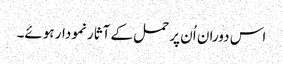
اس دوران اُن پر حمل کے آثار نمودار ہوئے۔